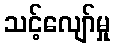
သင့်လျော်မှု